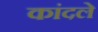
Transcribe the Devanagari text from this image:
कांदले